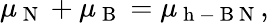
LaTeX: \mu_{\mathrm{~N~}}+\mu_{\mathrm{~B~}}=\mu_{\mathrm{~h~-~B~N~}},